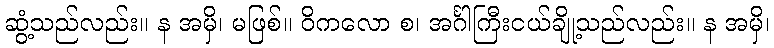
ဆွံ့သည်လည်း။ န အမှိ၊ မဖြစ်။ ဝိကလော စ၊ အင်္ဂါကြီးငယ်ချို့သည်လည်း။ န အမှိ၊